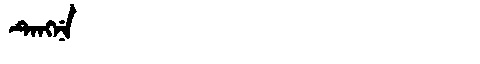
Manchu: ᡨᡝᠩᠨᡝ
Romanization: TENGNE